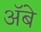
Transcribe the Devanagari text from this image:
ॲबे